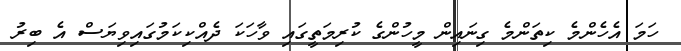
ހަމަ އެހެންމެ ކިތަންމެ ގިނައިން މީހުންގެ ކުރިމަތީގައި ވާހަކަ ދެއްކިކަމުގައިވިޔަސް އެ ބިރު